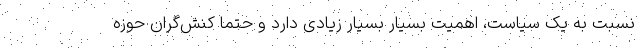
نسبت به یک سیاست،‌ اهمیت بسیار بسیار زیادی دارد و حتما کنش‌گران حوزه